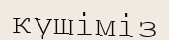
күшіміз